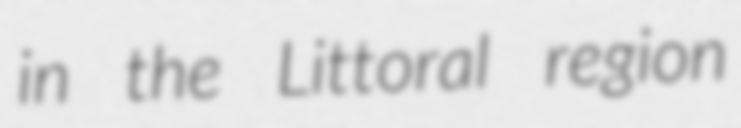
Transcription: in the Littoral region